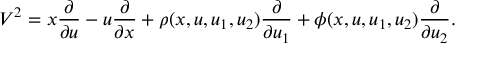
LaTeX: V ^ { 2 } = x { \frac { \partial } { \partial u } } - u { \frac { \partial } { \partial x } } + \rho ( x , u , u _ { 1 } , u _ { 2 } ) { \frac { \partial } { \partial u _ { 1 } } } + \phi ( x , u , u _ { 1 } , u _ { 2 } ) { \frac { \partial } { \partial u _ { 2 } } } .